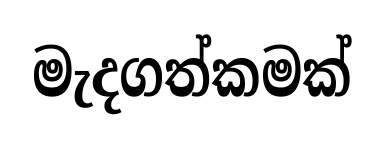
මැදගත්කමක්